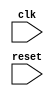
module Repeat_Loop (
    input wire clk,    // Clock signal
    input wire reset   // Reset signal to exit the loop
);
    // Internal initialization signal, if needed
    reg [31:0] counter; // A counter to demonstrate continuous execution

    initial begin
        counter = 0; // Initialize the counter
    end

    always @(posedge clk or posedge reset) begin
        if (reset) begin
            // Reset logic
            counter <= 0; // Reset the counter or perform necessary actions
        end else begin
            // Infinite loop behavior: Increment the counter indefinitely
            // This is a placeholder for the desired operations within the loop
            counter <= counter + 1; // Simulating some continuous operation
            // You can add more code here as needed for your specific functionality
        end
    end
endmodule